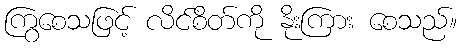
ကြွစေသဖြင့် လိင်စိတ်ကို နိုးကြား စေသည်။